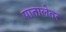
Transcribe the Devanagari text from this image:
पातालेतर